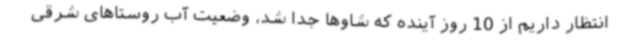
انتظار داریم از 10 روز آینده که شاوها جدا شد، وضعیت آب روستاهای شرقی